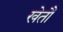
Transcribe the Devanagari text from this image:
खेतौं